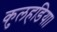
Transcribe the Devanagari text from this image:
कुलहडिया।